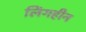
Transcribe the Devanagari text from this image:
लिंगहीन